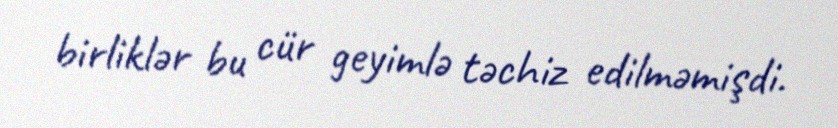
birliklər bu cür geyimlə təchiz edilməmişdi.